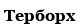
Терборх